Vaccination report Assam 1874-1896 - 1874-1896
Year: 1874
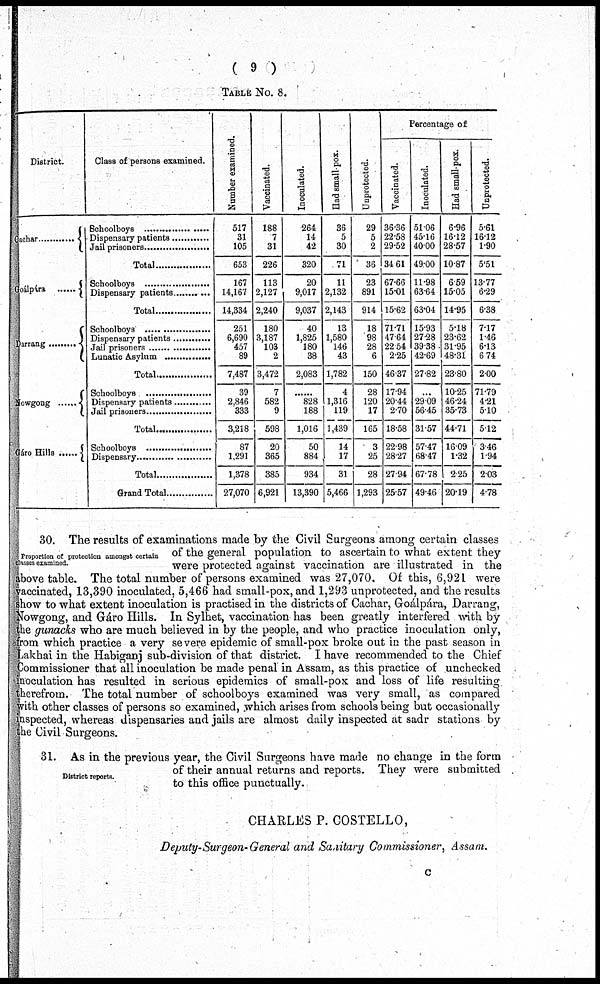
( 9 )
TABLE No. 8.
District.
Cachar ............
Goálpára ......
Darrang .........
Nowgong ......
Gáro Hills ......
Class of persons examined.
Schoolboys .....................
Dispensary patients ............
Jail prisoners ................
Total ...................
Schoolboys ..................
Dispensary .........
Total ..................
Schoolboys ...............
Dispensary patients .........
Jail prisoners ..................
Lunatic Asylum ...............
Total ..................
Schoolboys .....................
Dispensary patients ..................
Jail prisoners .....................
Total ..................
Schoolboys .....................
Dispensary .....................
Total ...............
Grand Total ...............
Number examined.
517
31
105
653
167
14,167
14,334
251
6,690
457
89
7,487
39
2,846
333
3,218
87
1,291
1,378
27,070
Vaccinated.
188
7
31
226
113
2,127
2,240
180
3,187
103
2
3,472
7
582
9
598
20
365
385
6,921
Inoculated.
264
14
42
320
20
9,017
9,037
40
1,825
180
38
2,083
......
828
188
1,016
50
884
934
13,390
Had small-pox.
36
5
30
71
11
2,132
2,143
13
1,580
146
43
1,782
4
1,316
119
1,439
14
17
31
5,466
Unprotected.
29
5
2
36
23
891
914
18
98
28
6
150
28
120
17
165
3
25
28
1,293
Percentage of
Vaccinated.
36.36
22.58
29.52
34.61
67.66
15.01
15.62
71.71
47.64
22.54
2.25
46.37
17.94
20.44
2.70
18.58
22.98
28.27
27.94
25.57
Inoculated.
51.06
45.16
40.00
49.00
11.98
63.64
63.04
15.93
27.28
39.38
42.69
27.82
...
29.09
56.45
31.57
57.47
68.47
67.78
49.46
Had small-pox.
6.96
16.12
28.57
10.87
6.59
15.05
14.95
5.18
23.62
31.95
48.31
23.80
10.25
46.24
35.73
44.71
16.09
1.32
2.25
20.19
Unprotected.
5.61
16.12
1.90
5.51
13.77
6.29
6.38
7.17
1.46
6.13
6.74
2.00
71.79
4.21
5.10
5.12
3.46
1.94
2.03
4.78
Proportion of protection amongst certain
classes examined.
30. The results of examinations made by the Civil Surgeons among certain classes
of the general population to ascertain to what extent they
were protected against vaccination are illustrated in the
above table. The total number of persons examined was 27,070. Of this, 6,921 were
vaccinated, 13,390 inoculated, 5,466 had small-pox, and 1,293 unprotected, and the results
show to what extent inoculation is practised in the districts of Cachar, Groáipára, Darrang,
Nowgong, and Gáro Hills. In Sylhet, vaccination has been greatly interfered with by
the gunacks who are much believed in by the people, and who practice inoculation only,
from which practice a very severe epidemic of small-pox broke out in the past season in
Lakhai in the Habiganj sub-division of that district. I have recommended to the Chief
Commissioner that all inoculation be made penal in Assam, as this practice of unchecked
inoculation has resulted in serious epidemics of small-pox and loss of life resulting
therefrom. The total number of schoolboys examined was very small, as compared
with other classes of persons so examined, which arises from schools being but occasionally
inspected, whereas dispensaries and jails are almost daily inspected at sadr stations by
the Civil Surgeons.
District reports.
31. As in the previous year, the Civil Surgeons have made no change in the form
of their annual returns and reports. They were submitted
to this office punctually.
CHARLES P. COSTELLO,
Deputy-Surgeon-General and Sanitary Commissioner, Assam.
c